Eesti_Rahvusfond, lk 131
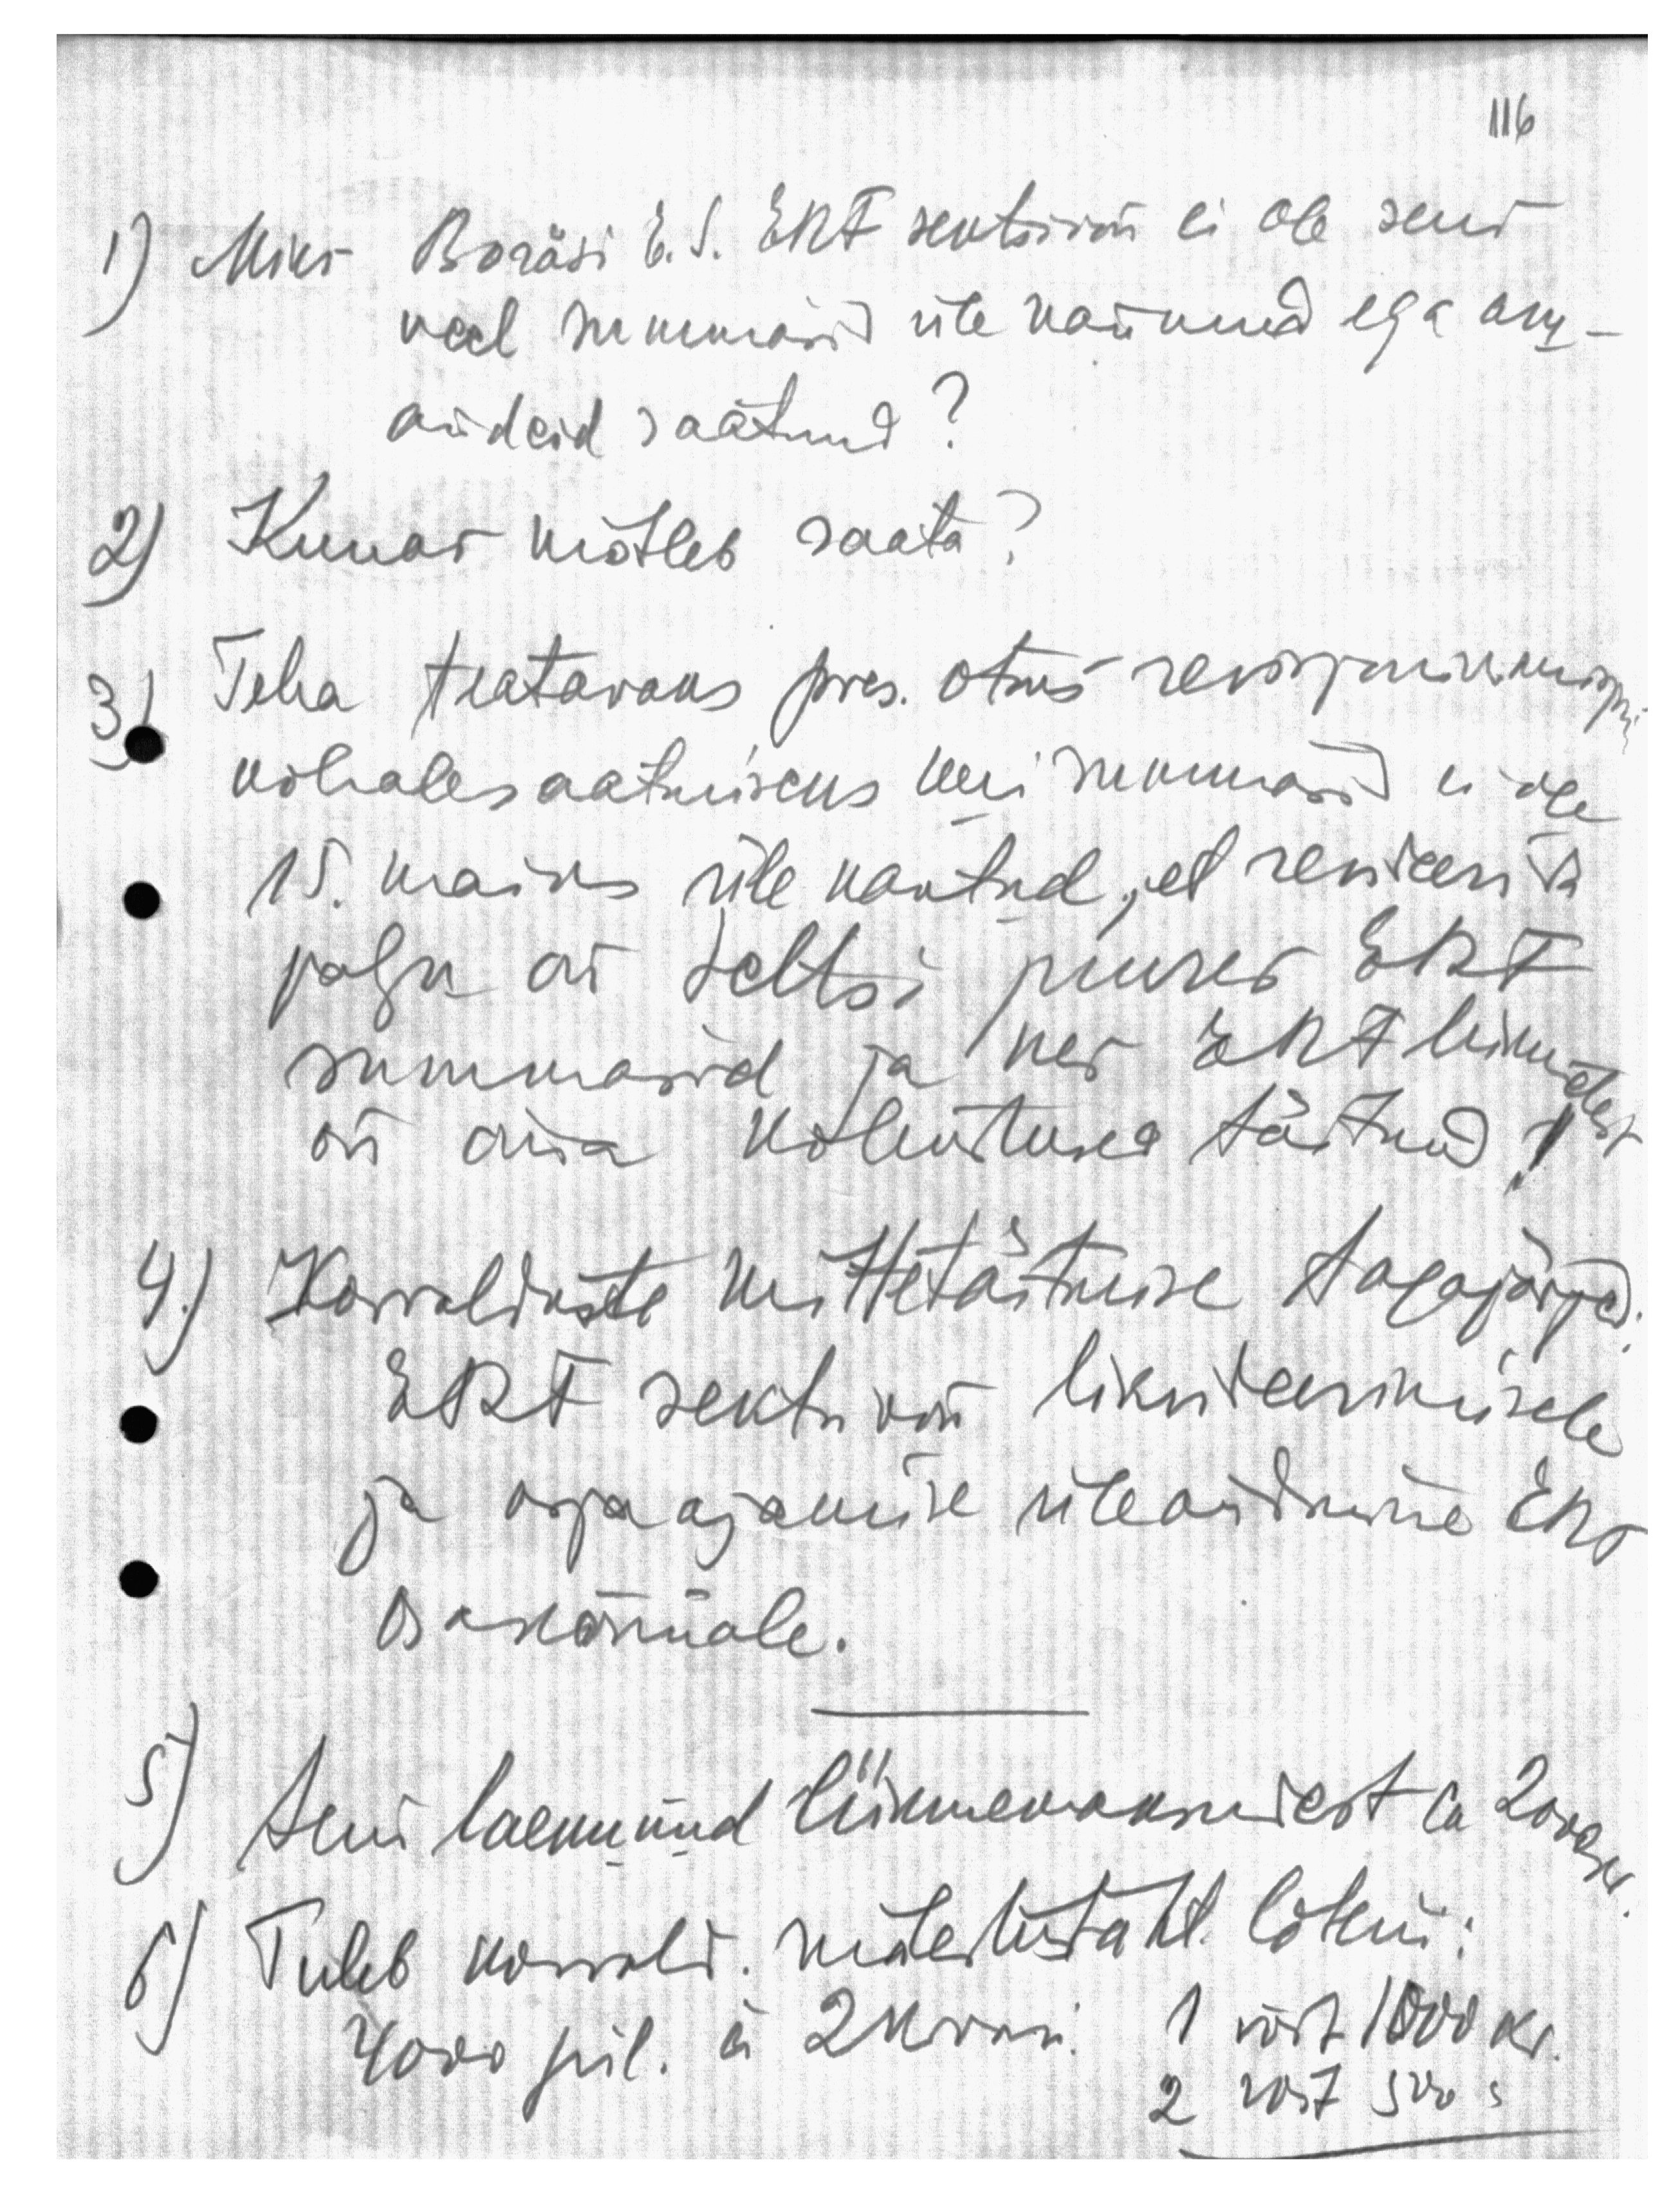
1) Miks Boräsi E.S. ERF sektsiooni ei ole seni
veel summasid üle näinud ega aru-
andeid saatnud?
2) Kunas mõtleb saata?
3.) Teha teatavaks pres. otsus revisjonikomisjoni
kohalesaatmiseks kui summasid ei ole
15. maiks üle kantud, et revideerida
palju on seltsi juures ERF
summasid ja kes ERF liikmetest
on ära kohustused täitnud!
4.) Korralduste mittetäitmise tagajärjed,
ERF sektsiooni likvideerimisele
ja asjaajamise üleastumine ERF
aksionärile.
5) Seni laenunud liikmemaksust ca 200 kr.
6) Tuleb korrald. maksutäht. loterii:
4000 pil. ä 2 krooni 1 võit 1000 kr.
2 võit 500